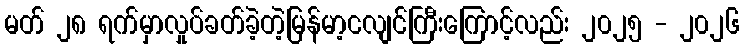
မတ် ၂၈ ရက်မှာလှုပ်ခတ်ခဲ့တဲ့မြန်မာ့ငလျင်ကြီးကြောင့်လည်း ၂၀၂၅ - ၂၀၂၆